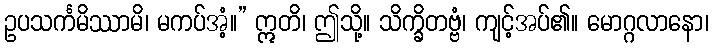
ဥပသင်္ကမိဿာမိ၊ မကပ်အံ့။” ဣတိ၊ ဤသို့။ သိက္ခိတဗ္ဗံ၊ ကျင့်အပ်၏။ မောဂ္ဂလာနော၊